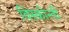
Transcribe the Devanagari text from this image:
विस्कोन्ती